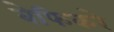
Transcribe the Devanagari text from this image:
बेफिकरे